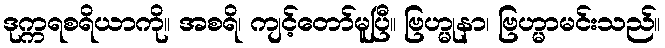
ဒုက္ကရစရိယာကို။ အစရိ၊ ကျင့်တော်မူပြီ။ ဗြဟ္မုနာ၊ ဗြဟ္မာမင်းသည်။